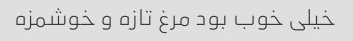
خیلی خوب بود مرغ تازه و خوشمزه